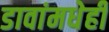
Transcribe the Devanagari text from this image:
डावांमधेही